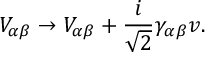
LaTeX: V _ { \alpha \beta } \rightarrow V _ { \alpha \beta } + \frac { i } { \sqrt { 2 } } \gamma _ { \alpha \beta } v .